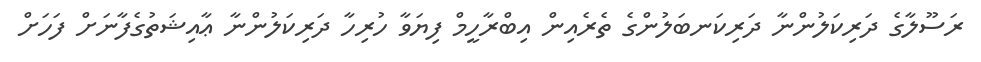
ރަސޫލާގެ ދަރިކަލުންނާ ދަރިކަނބަލުންގެ ތެރެއިން އިބްރާހީމް ފިޔަވާ ހުރިހާ ދަރިކަލުންނާ ޢާއިޝަތުގެފާނަށް ފަހަށް